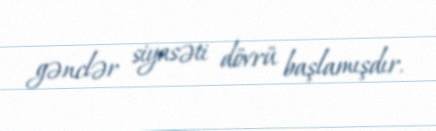
gənclər siyasəti dövrü başlamışdır.